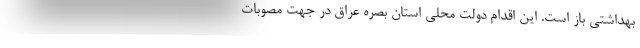
بهداشتی باز است. این اقدام دولت محلی استان بصره عراق در جهت مصوبات